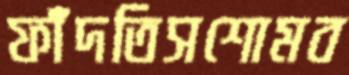
ফাঁদতিসশোমব